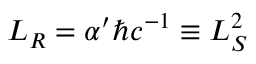
{ \cal L } _ { \cal R } = \alpha ^ { \prime } \hbar c ^ { - 1 } \equiv L _ { S } ^ { 2 }